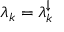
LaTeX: \lambda _ { k } = \lambda _ { k } ^ { \downarrow }